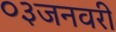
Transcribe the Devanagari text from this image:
०३जनवरी